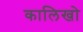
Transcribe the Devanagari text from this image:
कालिखो